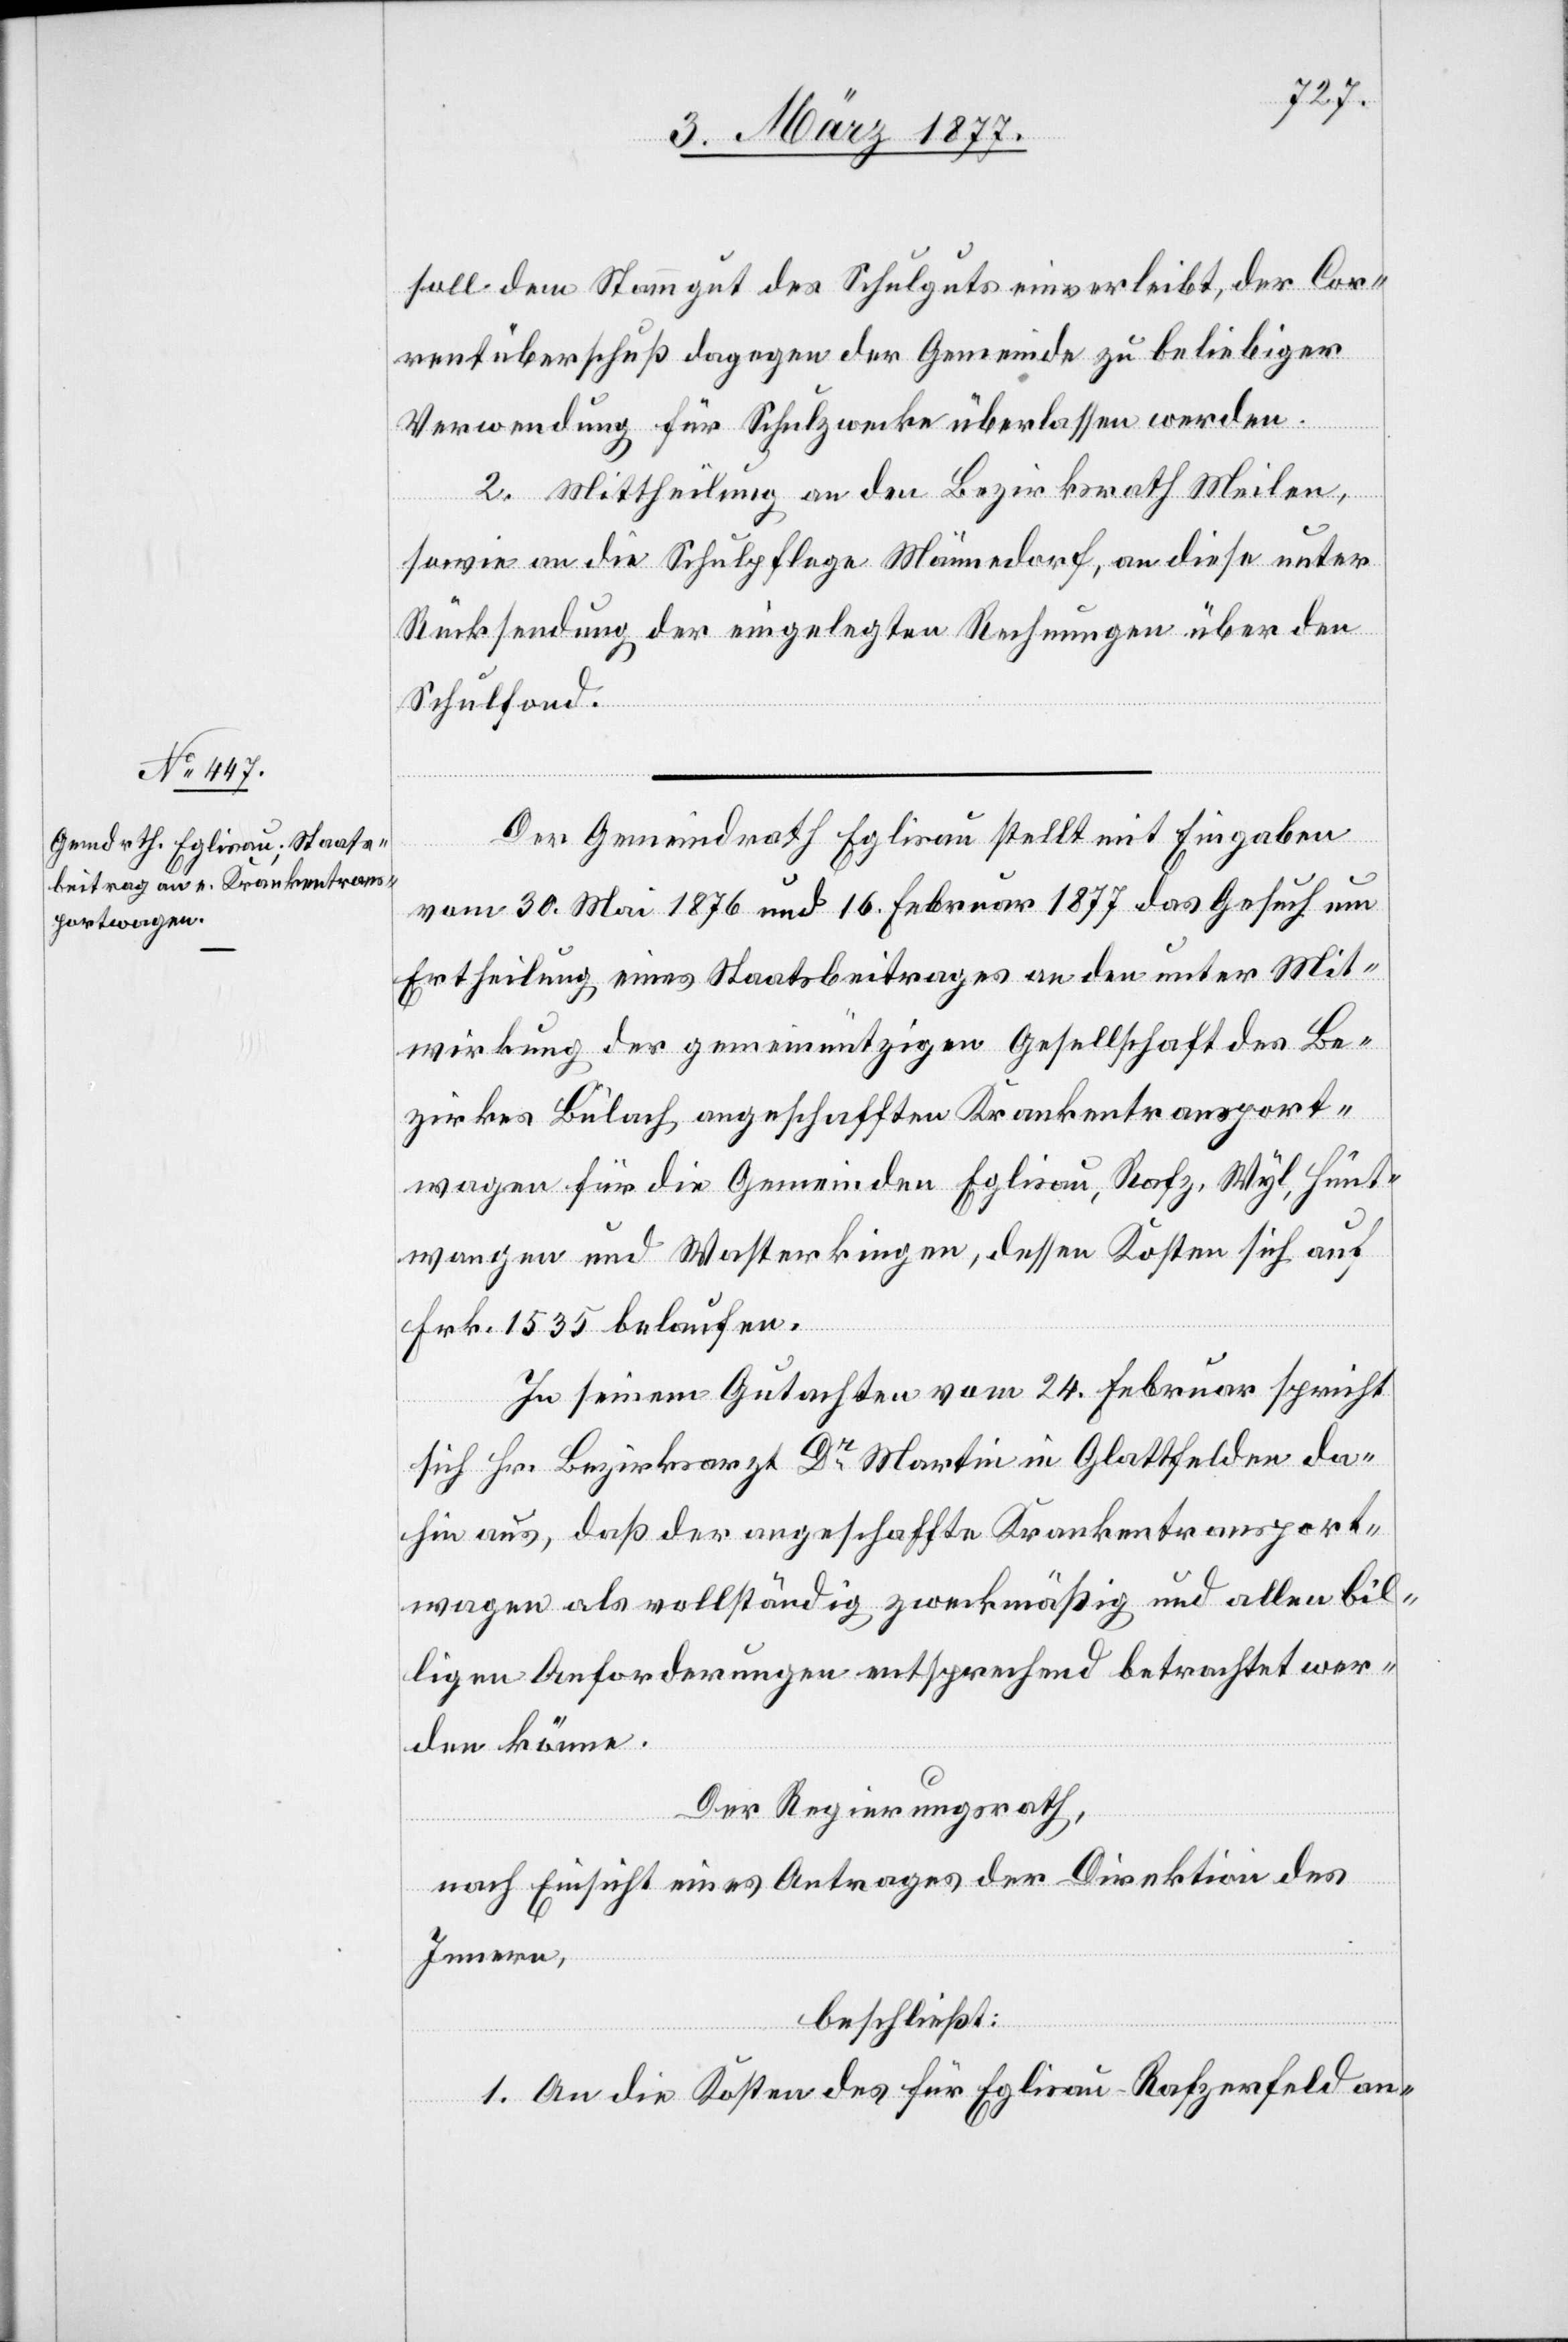
soll dem Stammgut des Schulguts einverleibt, der Cor¬
rentüberschuß dagegen der Gemeinde zu beliebiger
Verwendung für Schulzwecke überlassen werden.
2. Mittheilung an den Bezirksrath Meilen,
sowie an die Schulpflege Männedorf, an diese unter
Rücksendung der eingelegten Rechnungen über den
Schulfond.
Der Gemeindrath Eglisau stellt mit Eingabe
vom 30. Mai 1876 und 16. Februar 1877 das Gesuch um
Ertheilung eines Staatsbeitrages an den unter Mit¬
wirkung der gemeinnützigen Gesellschaft des Be¬
zirkes Bülach angeschafften Krankentransport¬
wagen für die Gemeinden Eglisau, Rafz, Wyl, Hünt¬
wangen und Wasterkingen, dessen Kosten sich auf
Frk. 1535 belaufen.
In seinem Gutachten vom 24. Februar spricht
sich Hr. Bezirksarzt Dr Martini in Glattfelden da¬
hin aus, daß der angeschaffte Krankentransport¬
wagen als vollständig zweckmäßig und allen bil¬
ligen Anforderungen entsprechend betrachtet wer¬
den könne.
Der Regierungsrath,
nach Einsicht eines Antrages der Direktion des
Innern,
beschließt:
1. An die Kosten des für Eglisau-Rafzerfeld an-